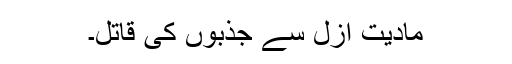
مادیت ازل سے جذبوں کی قاتل۔